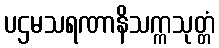
ပဌမသရဏာနိသက္ကသုတ္တံ